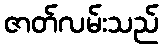
ဇာတ်လမ်းသည်